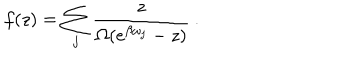
LaTeX: f ( z ) = \sum _ { j } \frac { z } { \Omega ( e ^ { \beta \omega _ { j } } - z ) } \: . \nonumber